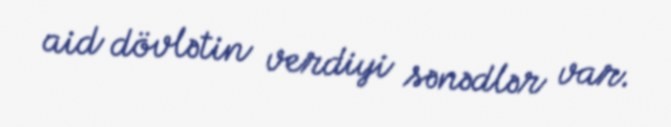
aid dövlətin verdiyi sənədlər var.